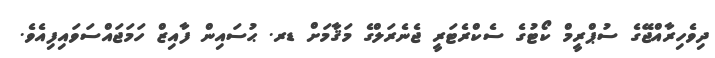
ދިވެހިރާއްޖޭގެ ސުޕްރީމް ކޯޓުގެ ސެކްރެޓަރީ ޖެނެރަލްގެ މަޤާމަށް ޑރ. ޙުސައިން ފާއިޒް ހަމަޖައްސަވައިފިއެވެ.